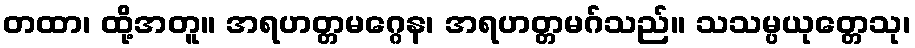
တထာ၊ ထို့အတူ။ အရဟတ္တမဂ္ဂေန၊ အရဟတ္တမဂ်သည်။ သသမ္ပယုတ္တေသု၊